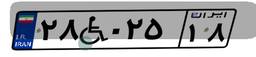
۲۸W۰۲۵۱۸